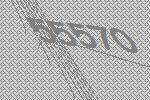
55570